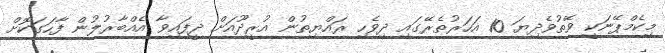
މިކެމްޕޭނަކީ ވޭތުވެދިޔަ 10 އަހަރުތެރޭގައި ދިވެހި ރައްޔިތުން އުރީދޫއަށް ދީފައިވާ އެއްބާރުލުން ފާހަގަކޮށް